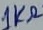
Text: 1KΩ